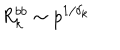
R _ { k } ^ { b b } \sim p ^ { 1 / \delta _ { k } }